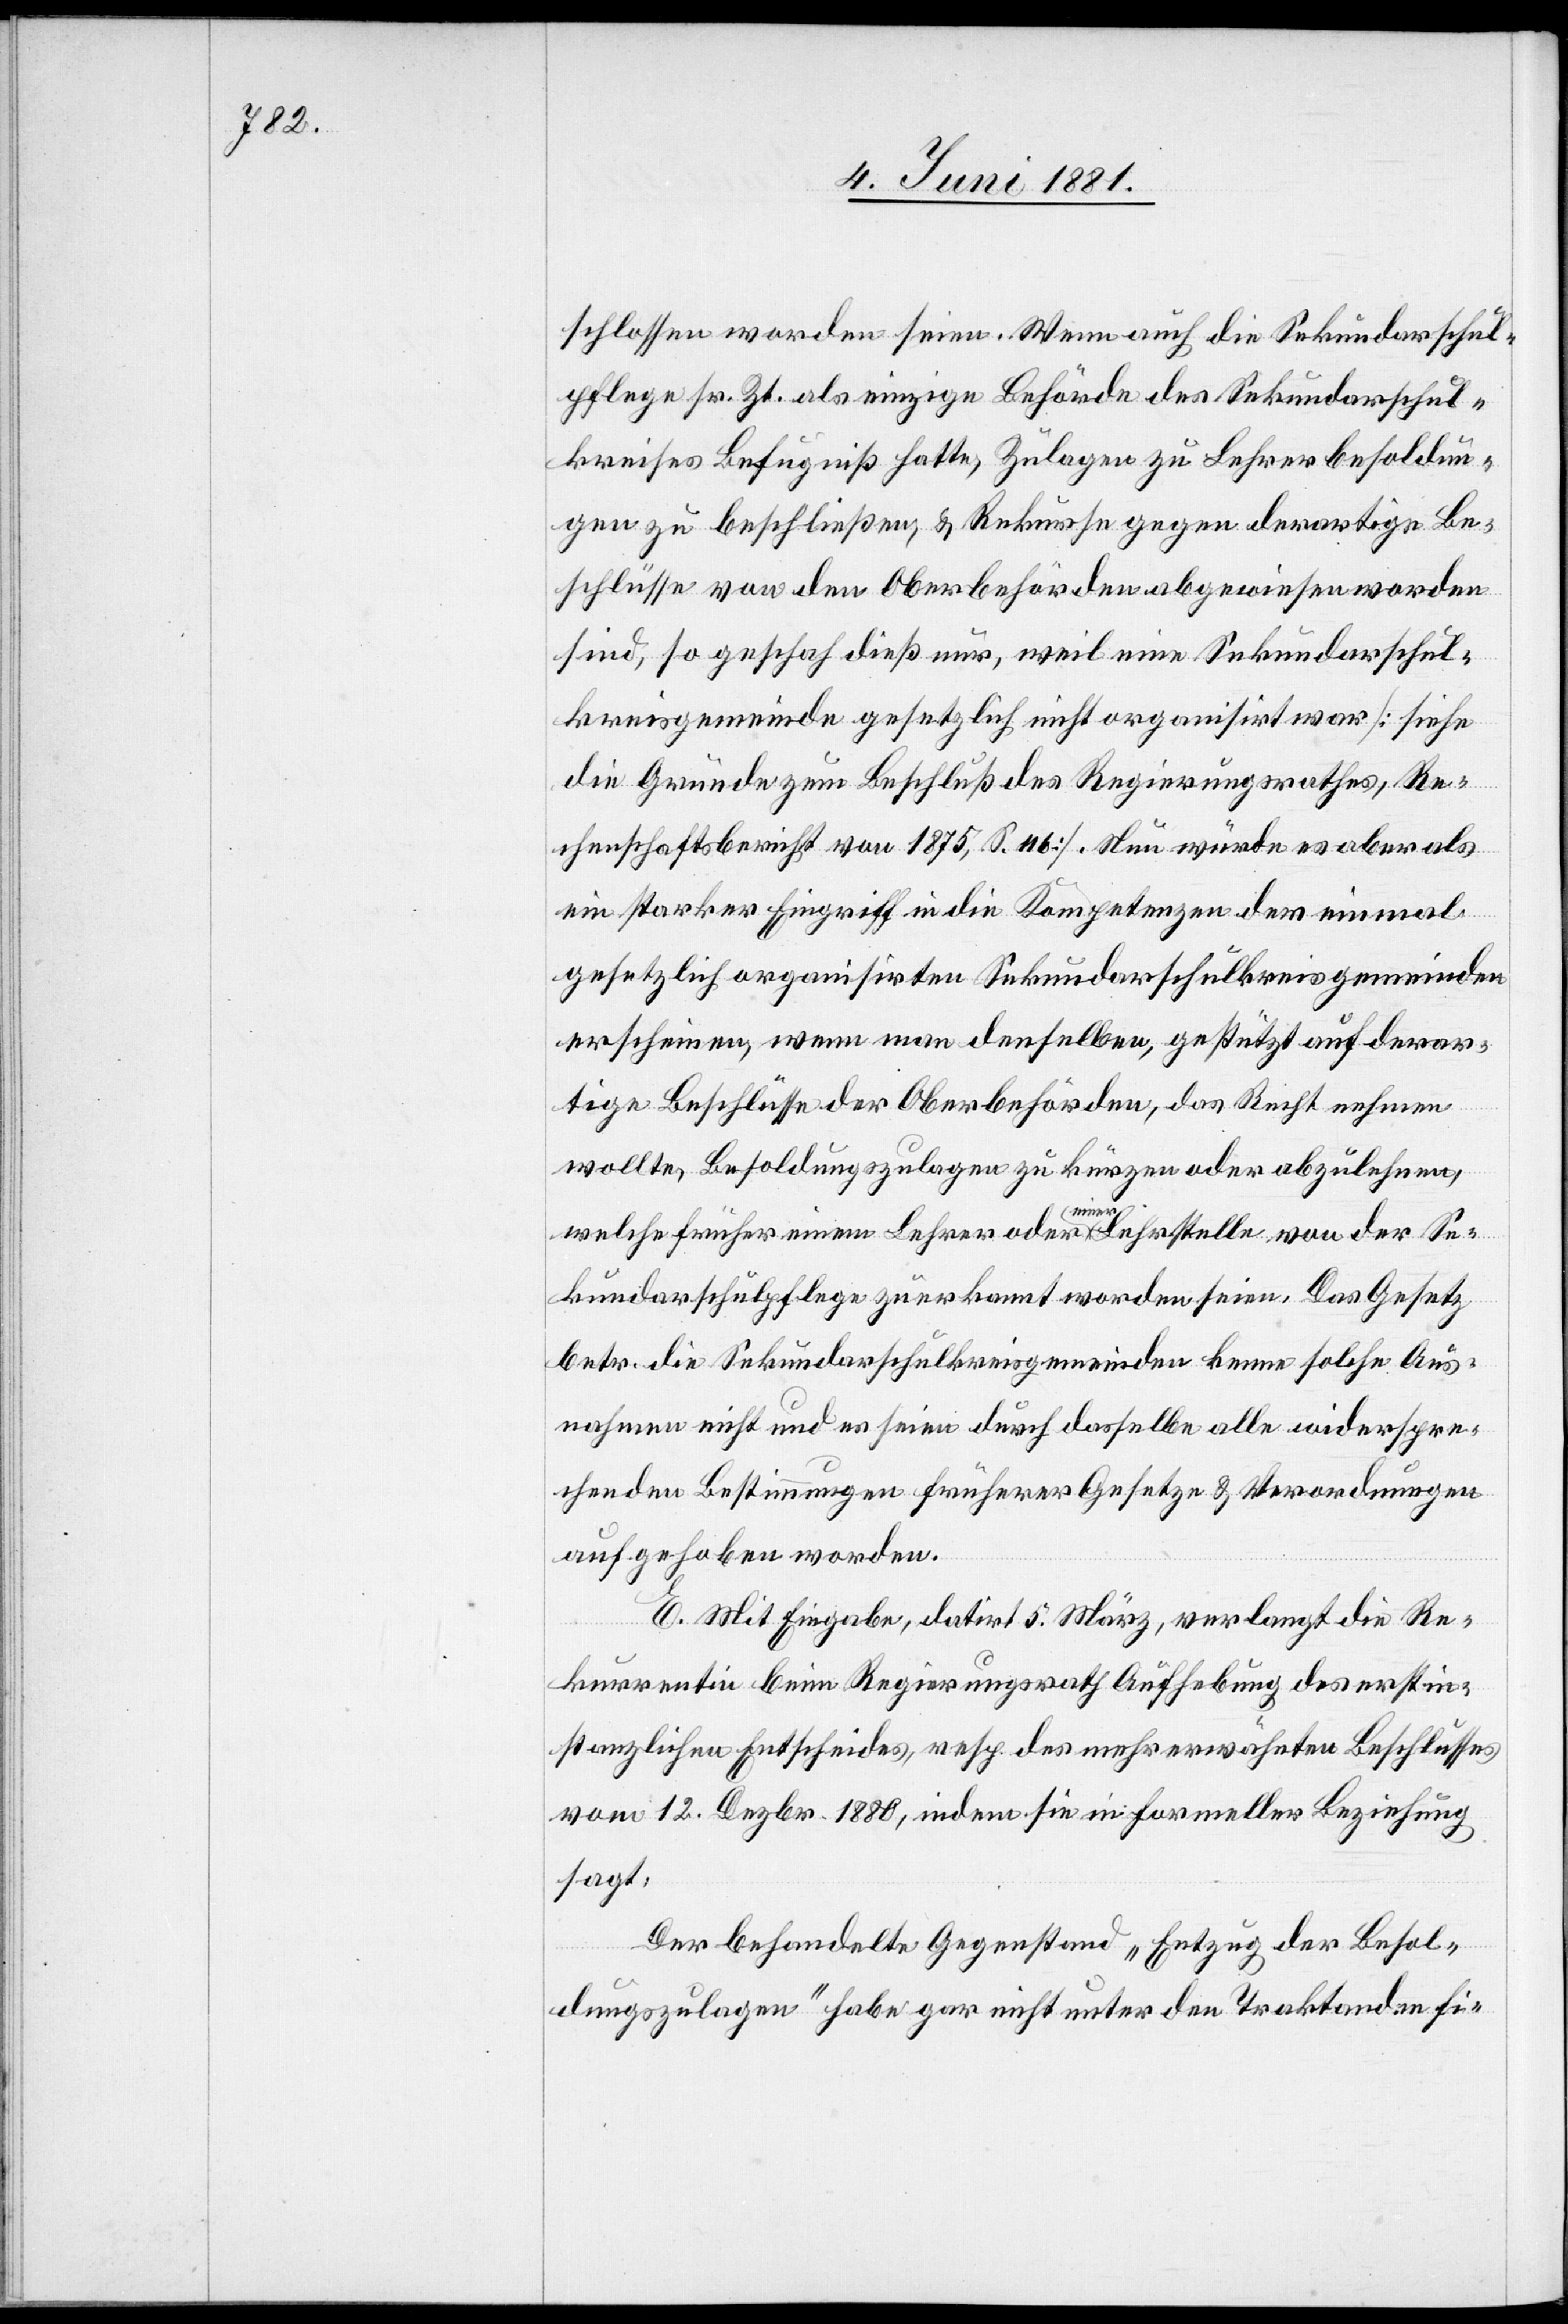
schlossen worden seien. Wenn auch die Sekundarschul¬
pflege sr. Zt. als einzige Behörde des Sekundarschul¬
kreises Befugniß hatte, Zulagen zu Lehrerbesoldun¬
gen zu beschließen, & Rekurse gegen derartige Be¬
schlüsse von den Oberbehörden abgewiesen worden
sind, so geschah dieß nur, weil eine Sekundarschul¬
kreisgemeinde gesetzlich nicht organisirt war [siehe
die Gründe zum Beschluß des Regierungsrathes, Re¬
chenschaftsbericht von 1875, S. 116]. Nun würde es aber als
ein starker Eingriff in die Kompetenzen der einmal
gesetzlich organisirten Sekundarschulkreisgemeinde
erscheinen, wenn man denselben, gestützt auf derar¬
tige Beschlüsse der Oberbehörden, das Recht nehmen
wollte, Besoldungszulagen zu kürzen oder abzulehnen,
welche früher einem Lehrer oder einer Lehrstelle von der Se¬
kundarschulpflege zuerkannt worden seien. Das Gesetz
betr. die Sekundarschulkreisgemeinde kenne solche Aus¬
nahmen nicht und es seien durch dasselbe alle widerspre¬
chenden Bestimmungen früherer Gesetze & Verordnungen
aufgehoben worden.
E. Mit Eingabe, datirt 5. März, verlangt die Re¬
kurrentin beim Regierungsrath Aufhebung des erstin¬
stanzlichen Entscheides, resp. des mehr erwähnten Beschlusses
vom 12. Dezbr. 1880, indem sie in formeller Beziehung
sagt:
Der behandelte Gegenstand „Entzug der Besol¬
dungszulagen“ habe gar nicht unter den Traktanden fi-